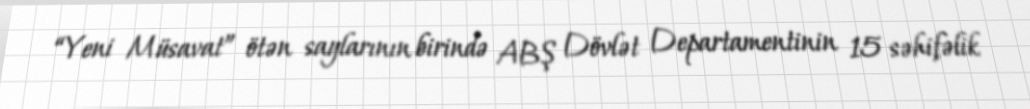
“Yeni Müsavat” ötən saylarının birində ABŞ Dövlət Departamentinin 15 səhifəlik